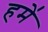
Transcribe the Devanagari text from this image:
हमे॑